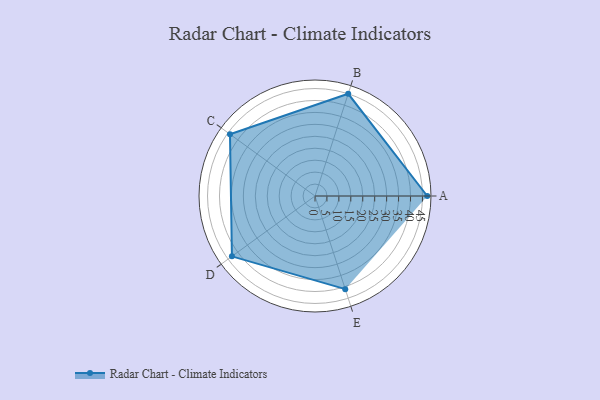
{"axis": {"x": "Skill", "y": "Score"}, "legend": ["Profile"], "data": [{"x": "A", "y": 47.0, "type": "Profile"}, {"x": "B", "y": 45.0, "type": "Profile"}, {"x": "C", "y": 44.0, "type": "Profile"}, {"x": "D", "y": 43.0, "type": "Profile"}, {"x": "E", "y": 41.0, "type": "Profile"}]}